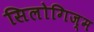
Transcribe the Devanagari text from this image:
सिलोगिज्म